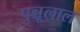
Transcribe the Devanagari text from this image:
पुन्नूलाल